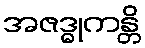
အဇဒ္ဓုကန္တိ